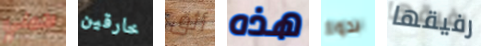
اكملي خارقين أثق هذه بدوا رفيقها